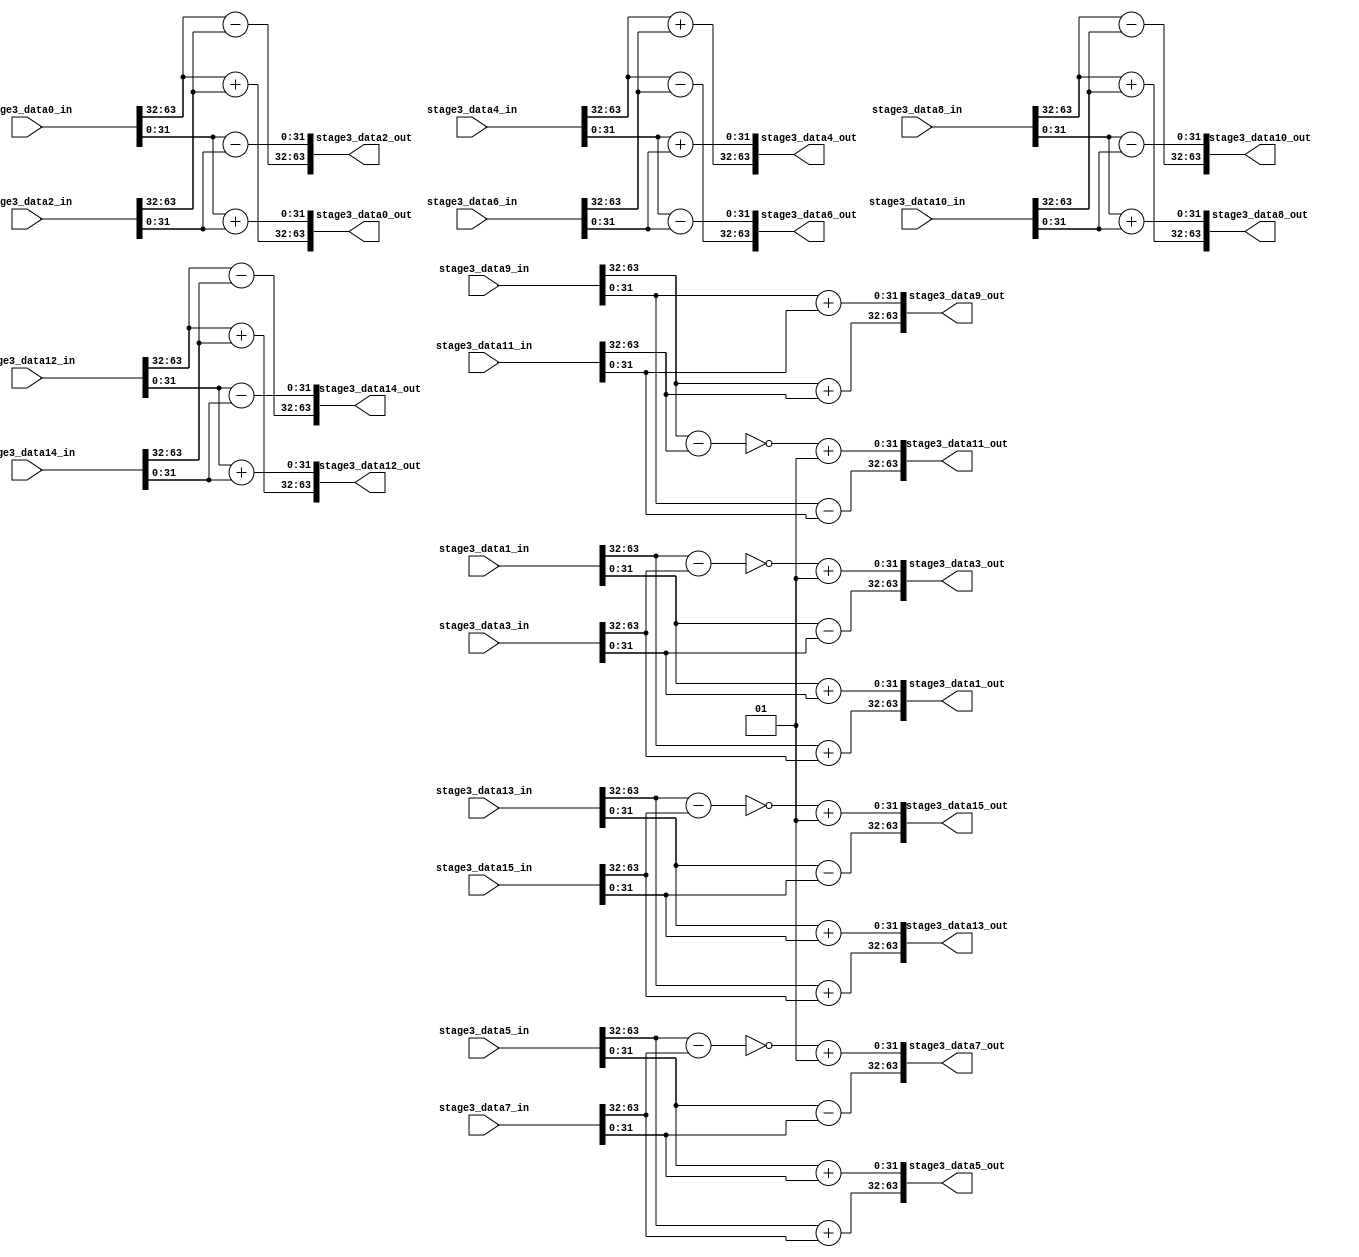
module fft_stage3(
		stage3_data0_in,
		stage3_data1_in,
		stage3_data2_in,
		stage3_data3_in,
		stage3_data4_in,
		stage3_data5_in,
		stage3_data6_in,
		stage3_data7_in,
		stage3_data8_in,
		stage3_data9_in,
		stage3_data10_in,
		stage3_data11_in,
		stage3_data12_in,
		stage3_data13_in,
		stage3_data14_in,
		stage3_data15_in,

		stage3_data0_out,
		stage3_data1_out,
		stage3_data2_out,
		stage3_data3_out,
		stage3_data4_out,
		stage3_data5_out,
		stage3_data6_out,
		stage3_data7_out,
		stage3_data8_out,
		stage3_data9_out,
		stage3_data10_out,
		stage3_data11_out,
		stage3_data12_out,
		stage3_data13_out,
		stage3_data14_out,
		stage3_data15_out
);

	input  [63:0] stage3_data1_in;
	input  [63:0] stage3_data2_in;
	input  [63:0] stage3_data3_in;
	input  [63:0] stage3_data4_in;
	input  [63:0] stage3_data5_in;
	input  [63:0] stage3_data6_in;
	input  [63:0] stage3_data7_in;
	input  [63:0] stage3_data8_in;
	input  [63:0] stage3_data9_in;
	input  [63:0] stage3_data10_in;
	input  [63:0] stage3_data11_in;
	input  [63:0] stage3_data12_in;
	input  [63:0] stage3_data13_in;
	input  [63:0] stage3_data14_in;
	input  [63:0] stage3_data15_in;
	input  [63:0] stage3_data0_in;
	
	
	
	output reg  [63:0] stage3_data0_out;
	output reg  [63:0] stage3_data1_out;
	output reg  [63:0] stage3_data2_out;
	output reg  [63:0] stage3_data3_out;
	output reg  [63:0] stage3_data4_out;
	output reg  [63:0] stage3_data5_out;
	output reg  [63:0] stage3_data6_out;
	output reg  [63:0] stage3_data7_out;
	output reg  [63:0] stage3_data8_out;
	output reg  [63:0] stage3_data9_out;
	output reg  [63:0] stage3_data10_out;
	output reg  [63:0] stage3_data11_out;
	output reg  [63:0] stage3_data12_out;
	output reg  [63:0] stage3_data13_out;
	output reg  [63:0] stage3_data14_out;
	output reg  [63:0] stage3_data15_out;
	
	reg signed [31:0] stage3_data0_out_real;
	reg signed [31:0] stage3_data1_out_real;
	reg signed [31:0] stage3_data2_out_real;
	reg signed [31:0] stage3_data3_out_real;
	reg signed [31:0] stage3_data4_out_real;
	reg signed [31:0] stage3_data5_out_real;
	reg signed [31:0] stage3_data6_out_real;
	reg signed [31:0] stage3_data7_out_real;
	reg signed [31:0] stage3_data8_out_real;
	reg signed [31:0] stage3_data9_out_real;
	reg signed [31:0] stage3_data10_out_real;
	reg signed [31:0] stage3_data11_out_real;
	reg signed [31:0] stage3_data12_out_real;
	reg signed [31:0] stage3_data13_out_real;
	reg signed [31:0] stage3_data14_out_real;
	reg signed [31:0] stage3_data15_out_real;
	
	
	
	reg signed [31:0] stage3_data0_out_img;
	reg signed [31:0] stage3_data1_out_img;
	reg signed [31:0] stage3_data2_out_img;
	reg signed [31:0] stage3_data3_out_img;
	reg signed [31:0] stage3_data4_out_img;
	reg signed [31:0] stage3_data5_out_img;
	reg signed [31:0] stage3_data6_out_img;
	reg signed [31:0] stage3_data7_out_img;
	reg signed [31:0] stage3_data8_out_img;
	reg signed [31:0] stage3_data9_out_img;
	reg signed [31:0] stage3_data10_out_img;
	reg signed [31:0] stage3_data11_out_img;
	reg signed [31:0] stage3_data12_out_img;
	reg signed [31:0] stage3_data13_out_img;
	reg signed [31:0] stage3_data14_out_img;
	reg signed [31:0] stage3_data15_out_img;
	reg signed [31:0] stage3_data3_out_img_inv;
	reg signed [31:0] stage3_data7_out_img_inv;
	reg signed [31:0] stage3_data11_out_img_inv;
	reg signed [31:0] stage3_data15_out_img_inv;
		
		
		
	localparam W0_img = 32'h00000000 ;     //The imag part of the reference table about COS(x)+i*SIN(x) value , 0: 000
	localparam W1_img = 32'hFFFF9E09 ;     //The imag part of the reference table about COS(x)+i*SIN(x) value , 1: -3.826752e-001
	localparam W2_img = 32'hFFFF4AFC ;     //The imag part of the reference table about COS(x)+i*SIN(x) value , 2: -7.070923e-001
	localparam W3_img = 32'hFFFF137D ;     //The imag part of the reference table about COS(x)+i*SIN(x) value , 3: -9.238739e-001
	localparam W4_img = 32'hFFFF0000 ;     //The imag part of the reference table about COS(x)+i*SIN(x) value , 4: -01
	localparam W5_img = 32'hFFFF137D ;     //The imag part of the reference table about COS(x)+i*SIN(x) value , 5: -9.238739e-001
	localparam W6_img = 32'hFFFF4AFC ;     //The imag part of the reference table about COS(x)+i*SIN(x) value , 6: -7.070923e-001
	localparam W7_img = 32'hFFFF9E09 ;    //The imag part of the reference table about COS(x)+i*SIN(x) value , 7: -3.826752e-001

	localparam W0_real = 32'h00010000 ;     //The real part of the reference table about COS(x)+i*SIN(x) value , 0: 001
	localparam W1_real = 32'h0000EC83 ;     //The real part of the reference table about COS(x)+i*SIN(x) value , 1: 9.238739e-001
	localparam W2_real = 32'h0000B504 ;     //The real part of the reference table about COS(x)+i*SIN(x) value , 2: 7.070923e-001
	localparam W3_real = 32'h000061F7 ;     //The real part of the reference table about COS(x)+i*SIN(x) value , 3: 3.826752e-001
	localparam W4_real = 32'h00000000 ;     //The real part of the reference table about COS(x)+i*SIN(x) value , 4: 000
	localparam W5_real = 32'hFFFF9E09 ;     //The real part of the reference table about COS(x)+i*SIN(x) value , 5: -3.826752e-001
	localparam W6_real = 32'hFFFF4AFC ;     //The real part of the reference table about COS(x)+i*SIN(x) value , 6: -7.070923e-001
	localparam W7_real = 32'hFFFF137D ;     //The real part of the reference table about COS(x)+i*SIN(x) value , 7: -9.238739e-001


	always@(*)
	begin
	
		 stage3_data0_out_real  = $signed(stage3_data0_in[63:32]) + $signed(stage3_data2_in[63:32]);/////////////////etension bug cofficient extension bug
		 stage3_data1_out_real  = $signed(stage3_data1_in[63:32]) + $signed(stage3_data3_in[63:32]);
		 stage3_data2_out_real  = $signed(stage3_data0_in[63:32]) - $signed(stage3_data2_in[63:32]);
		 stage3_data3_out_real  = $signed(stage3_data1_in[31:0])  - $signed(stage3_data3_in[31:0]);
		 
		 stage3_data4_out_real  = $signed(stage3_data4_in[63:32]) + $signed(stage3_data6_in[63:32]);
		 stage3_data5_out_real  = $signed(stage3_data5_in[63:32]) + $signed(stage3_data7_in[63:32]);
		 stage3_data6_out_real  = $signed(stage3_data4_in[63:32]) - $signed(stage3_data6_in[63:32]);
		 stage3_data7_out_real  = $signed(stage3_data5_in[31:0])  - $signed(stage3_data7_in[31:0]);
		 
		 stage3_data8_out_real  = $signed(stage3_data8_in[63:32]) + $signed(stage3_data10_in[63:32]);
		 stage3_data9_out_real  = $signed(stage3_data9_in[63:32]) + $signed(stage3_data11_in[63:32]);
		 stage3_data10_out_real = $signed(stage3_data8_in[63:32]) - $signed(stage3_data10_in[63:32]);
		 stage3_data11_out_real = $signed(stage3_data9_in[31:0])  - $signed(stage3_data11_in[31:0]);
		 
		 stage3_data12_out_real = $signed(stage3_data12_in[63:32]) + $signed(stage3_data14_in[63:32]);
		 stage3_data13_out_real = $signed(stage3_data13_in[63:32]) + $signed(stage3_data15_in[63:32]);
		 stage3_data14_out_real = $signed(stage3_data12_in[63:32]) - $signed(stage3_data14_in[63:32]);
		 stage3_data15_out_real = $signed(stage3_data13_in[31:0])  - $signed(stage3_data15_in[31:0]);
		
		
		 stage3_data0_out_img  = $signed(stage3_data0_in[31:0])  + $signed(stage3_data2_in[31:0]);
		 stage3_data1_out_img  = $signed(stage3_data1_in[31:0])  + $signed(stage3_data3_in[31:0]);
		 stage3_data2_out_img  = $signed(stage3_data0_in[31:0])  - $signed(stage3_data2_in[31:0]);
		 stage3_data3_out_img_inv=$signed(stage3_data1_in[63:32]) - $signed(stage3_data3_in[63:32]);
		 stage3_data3_out_img  =$signed(~stage3_data3_out_img_inv)+$signed(32'h0000_0001);
		 
		 stage3_data4_out_img  = $signed(stage3_data4_in[31:0])  + $signed(stage3_data6_in[31:0]);
		 stage3_data5_out_img  = $signed(stage3_data5_in[31:0])  + $signed(stage3_data7_in[31:0]);
		 stage3_data6_out_img  = $signed(stage3_data4_in[31:0])  - $signed(stage3_data6_in[31:0]);
		 stage3_data7_out_img_inv=$signed(stage3_data5_in[63:32]) - $signed(stage3_data7_in[63:32]);
		 stage3_data7_out_img  = $signed(~stage3_data7_out_img_inv)+$signed(32'h0000_0001);
		 
		 stage3_data8_out_img  = $signed(stage3_data8_in[31:0])  + $signed(stage3_data10_in[31:0]);
		 stage3_data9_out_img  = $signed(stage3_data9_in[31:0])  + $signed(stage3_data11_in[31:0]);
		 stage3_data10_out_img = $signed(stage3_data8_in[31:0])  - $signed(stage3_data10_in[31:0]);
		 stage3_data11_out_img_inv=$signed(stage3_data9_in[63:32]) - $signed(stage3_data11_in[63:32]);
		 stage3_data11_out_img = $signed(~stage3_data11_out_img_inv)+$signed(32'h0000_0001);
		 
		 stage3_data12_out_img = $signed(stage3_data12_in[31:0])  + $signed(stage3_data14_in[31:0]);
		 stage3_data13_out_img = $signed(stage3_data13_in[31:0])  + $signed(stage3_data15_in[31:0]);
		 
		 stage3_data14_out_img = $signed(stage3_data12_in[31:0])  - $signed(stage3_data14_in[31:0]);
		 stage3_data15_out_img_inv=$signed(stage3_data13_in[63:32]) - $signed(stage3_data15_in[63:32]);
		 stage3_data15_out_img = $signed(~stage3_data15_out_img_inv)+$signed(32'h0000_0001);
		 /*
		 stage3_data0_out={stage3_data0_out_real[31:4],4'h0,stage3_data0_out_img[31:4],4'h0};
		 stage3_data1_out={stage3_data1_out_real[31:4],4'h0,stage3_data1_out_img[31:4],4'h0};
		 stage3_data2_out={stage3_data2_out_real[31:4],4'h0,stage3_data2_out_img[31:4],4'h0};
		 stage3_data3_out={stage3_data3_out_real[31:4],4'h0,stage3_data3_out_img[31:4],4'h0};
		 stage3_data4_out={stage3_data4_out_real[31:4],4'h0,stage3_data4_out_img[31:4],4'h0};
		 stage3_data5_out={stage3_data5_out_real[31:4],4'h0,stage3_data5_out_img[31:4],4'h0};
		 stage3_data6_out={stage3_data6_out_real[31:4],4'h0,stage3_data6_out_img[31:4],4'h0};
		 stage3_data7_out={stage3_data7_out_real[31:4],4'h0,stage3_data7_out_img[31:4],4'h0};
		 stage3_data8_out={stage3_data8_out_real[31:4],4'h0,stage3_data8_out_img[31:4],4'h0};
		 stage3_data9_out={stage3_data9_out_real[31:4],4'h0,stage3_data9_out_img[31:4],4'h0};
		 stage3_data10_out={stage3_data10_out_real[31:4],4'h0,stage3_data10_out_img[31:4],4'h0};
		 stage3_data11_out={stage3_data11_out_real[31:4],4'h0,stage3_data11_out_img[31:4],4'h0};
		 stage3_data12_out={stage3_data12_out_real[31:4],4'h0,stage3_data12_out_img[31:4],4'h0};
		 stage3_data13_out={stage3_data13_out_real[31:4],4'h0,stage3_data13_out_img[31:4],4'h0};
		 stage3_data14_out={stage3_data14_out_real[31:4],4'h0,stage3_data14_out_img[31:4],4'h0};
		 stage3_data15_out={stage3_data15_out_real[31:4],4'h0,stage3_data15_out_img[31:4],4'h0};
		 */
		 
		 stage3_data0_out={stage3_data0_out_real,stage3_data0_out_img};
		 stage3_data1_out={stage3_data1_out_real,stage3_data1_out_img};
		 stage3_data2_out={stage3_data2_out_real,stage3_data2_out_img};
		 stage3_data3_out={stage3_data3_out_real,stage3_data3_out_img};
		 stage3_data4_out={stage3_data4_out_real,stage3_data4_out_img};
		 stage3_data5_out={stage3_data5_out_real,stage3_data5_out_img};
		 stage3_data6_out={stage3_data6_out_real,stage3_data6_out_img};
		 stage3_data7_out={stage3_data7_out_real,stage3_data7_out_img};
		 stage3_data8_out={stage3_data8_out_real,stage3_data8_out_img};
		 stage3_data9_out={stage3_data9_out_real,stage3_data9_out_img};
		 stage3_data10_out={stage3_data10_out_real,stage3_data10_out_img};
		 stage3_data11_out={stage3_data11_out_real,stage3_data11_out_img};
		 stage3_data12_out={stage3_data12_out_real,stage3_data12_out_img};
		 stage3_data13_out={stage3_data13_out_real,stage3_data13_out_img};
		 stage3_data14_out={stage3_data14_out_real,stage3_data14_out_img};
		 stage3_data15_out={stage3_data15_out_real,stage3_data15_out_img};
		
	
	end
	endmodule